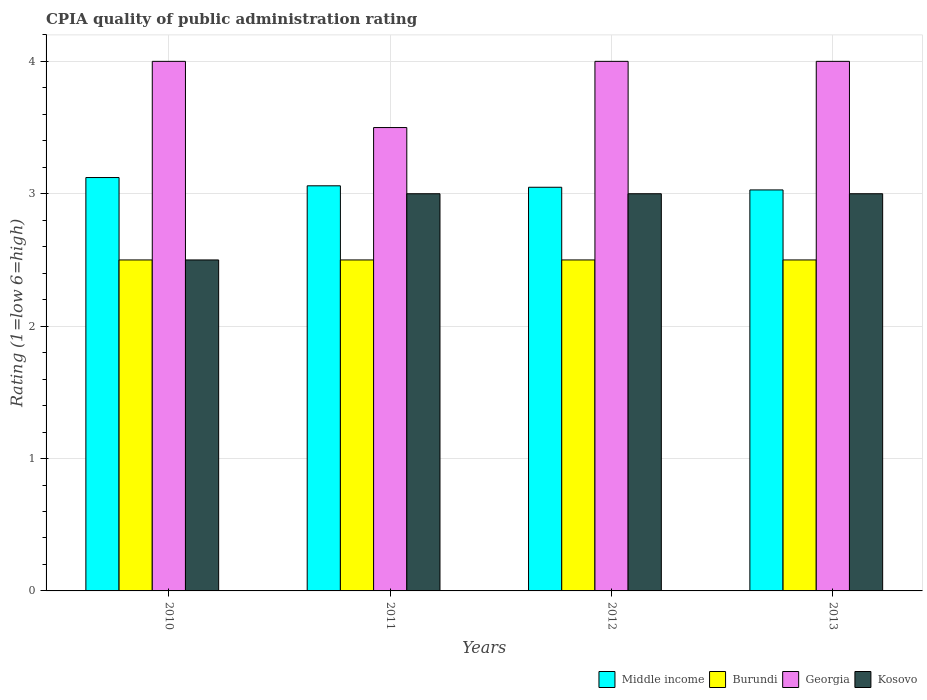
| Years | Middle income | Burundi | Georgia | Kosovo |
 | --- | --- | --- | --- | --- |
 | 2010 | 3.12 | 2.5 | 4 | 2.5 |
 | 2011 | 3.06 | 2.5 | 3.5 | 3 |
 | 2012 | 3.05 | 2.5 | 4 | 3 |
 | 2013 | 3.03 | 2.5 | 4 | 3 |